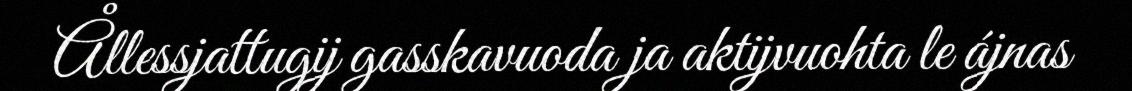
Ållessjattugij gasskavuoda ja aktijvuohta le ájnas